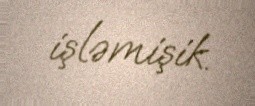
işləmişik.